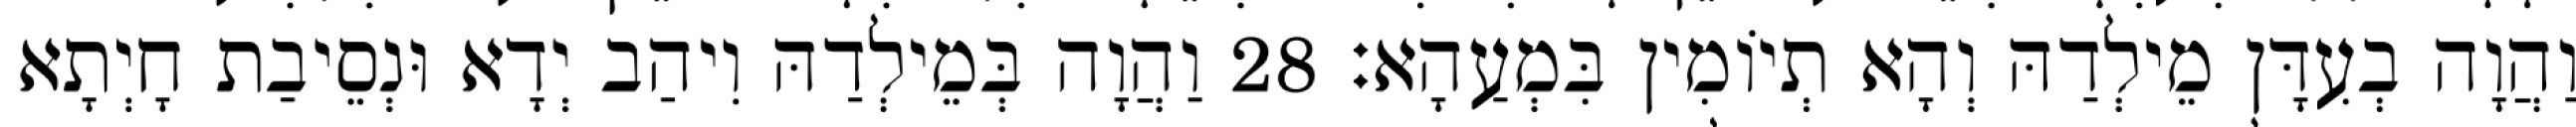
וַהֲוָה בְעִדָּן מֵילְדַהּ וְהָא תְיוֹמִין בִּמְעַהָא׃ 28 וַהֲוָה בְּמֵילְדַהּ וִיהַב יְדָא וּנְסֵיבַת חָיְתָא